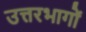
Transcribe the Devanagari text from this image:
उत्तरभागों